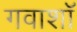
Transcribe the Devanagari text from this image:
गवाशॉ